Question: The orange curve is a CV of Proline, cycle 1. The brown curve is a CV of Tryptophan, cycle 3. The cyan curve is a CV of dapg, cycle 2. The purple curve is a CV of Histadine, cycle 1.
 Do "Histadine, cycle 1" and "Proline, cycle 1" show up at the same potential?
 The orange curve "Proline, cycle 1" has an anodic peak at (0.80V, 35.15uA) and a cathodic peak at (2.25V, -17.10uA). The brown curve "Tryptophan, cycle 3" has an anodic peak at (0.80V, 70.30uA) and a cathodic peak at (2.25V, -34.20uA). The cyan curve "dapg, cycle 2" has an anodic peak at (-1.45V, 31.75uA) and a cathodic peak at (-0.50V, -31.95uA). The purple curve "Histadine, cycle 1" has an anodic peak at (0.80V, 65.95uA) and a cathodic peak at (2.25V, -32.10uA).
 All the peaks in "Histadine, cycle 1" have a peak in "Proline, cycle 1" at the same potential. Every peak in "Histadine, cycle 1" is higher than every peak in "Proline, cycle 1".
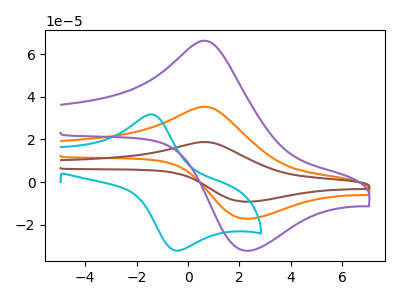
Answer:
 <answer>"Histadine, cycle 1" and "Proline, cycle 1" are similar in shape.</answer>
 <eval>same_shape</eval>